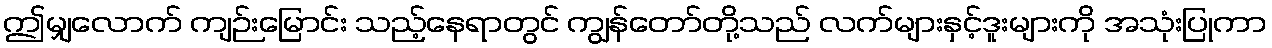
ဤမျှလောက် ကျဉ်းမြောင်း သည့်နေရာတွင် ကျွန်တော်တို့သည် လက်များနှင့်ဒူးများကို အသုံးပြုကာ